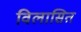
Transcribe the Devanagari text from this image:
विलासित